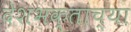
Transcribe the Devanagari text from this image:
देशभक्तांच्या